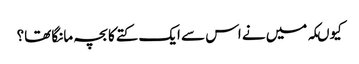
کیوںکہ میں نے اس سے ایک کتے کا بچہ مانگا تھا؟